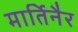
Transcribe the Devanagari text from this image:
मार्तिनैर